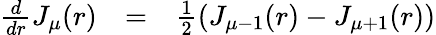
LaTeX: \begin{array}{ccc}{{\frac{d}{dr}J_{\mu}(r)}}&{{=}}&{{\frac{1}{2}(J_{\mu-1}(r)-J_{\mu+1}(r))}}\end{array}